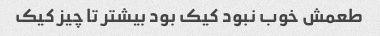
طعمش خوب نبود کیک بود بیشتر تا چیز کیک